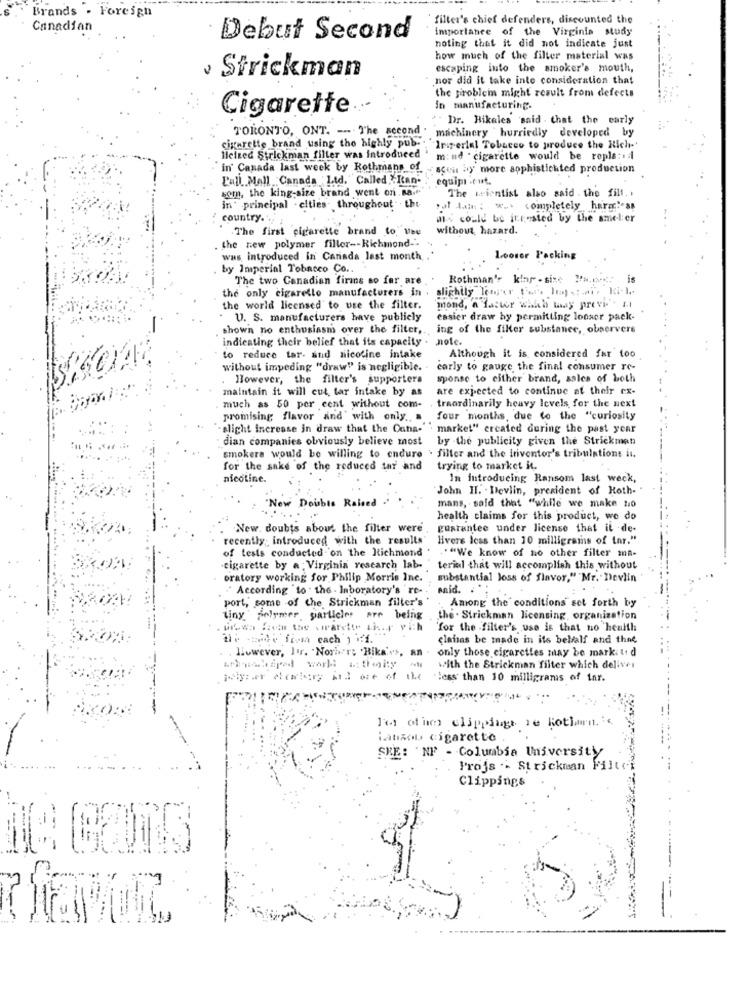
Brands . Foreign
filter's chief defenders, discounted the
Canadian
importance of the Virginia study
Debut Second
noting that it did not indicate just
how much of the filter material was
· Strickman
escaping into the smoker's mouth,
nor did it take into consideration that
the piroblein might result from defects
Cigarette
In manufacturing.
Dr. Hikales said . that the early
TORONTO, ONT. --- The second . machinery ' hurriedly developed by
cigarette brand using the highly pub. " Iris erial Tobacco to produce the Rich-'
Heized Strickman filler was introduced
m: ud . cigarette would be repla :. 4
'in' Canada last week by Rothmans of
scen by more sophisticated production
Pall Mall Canada Ltd. Called "Ran'
equipa .tut.
som, the king-size brand went on. sa.f.
The wcientist also said . the filt. .
in principal - elties- throughout . tht
at tam: w. completely harmas
country ..
m: could be ingested by the smeler
The first cigarette brand to Use
without, hazard.
the new polymer filler -- Richmond-"
was introduced in Canada last month
Looser Packing
by Imperial Tobacco Co ...
The two Canadian firms so fer are.
Rothman's klar . sise Pa,p .: is
the only cigarette manufacturers in . slightly lewer fer. limpiai, Ki- 1 ..
the world licensed to use the filter.
mond, a faster which may previ" . I.t
U. S. manufacturers have publicly
easier draw by permitting looser pack-
shown no enthusiasm over the filter ,. ing of the fiker substance, observers
indicating their belief that its capacity . note.
to reduce tar- and nicotine intake
Although it is considered far too
without impeding "draw" is negligible. . carly to gauge the final consumer re-
However, the filter's supporters
sponse to either brand, sales of both
maintain it will cut tar intake by as
are expected to continue at their cx-
traordinarily heavy levels for the next
much as 50 per cent without com-
promising flavor and with only .. .
four months, due to the "curiosity
-slight increase in draw that the Ouna-" market" ercated during the past year
dian companies obviously believe most
by -the publicity given the Strickmen
smokers would be willing to endure . filter and the inventor's tribulations il.
for the sake of the reduced tar and
trying to market it.
nicotine.
In introducing Ransom last week,
John HI. . Devlin, president of Hoth. "
mans, said that "while we make no
Now Double Raised
health claims for this product, we do
New. doubts about the filter were
guarantee under license that it de-
recently introduced with the results'
Hvere less than 10 milligrams of tar."
of tests conducted on the Richmond
"""We know of no other filter ma-
cigarette by a : Virginia research lab- "terial that will accomplish this without
oratory working for Philip Morris Inc. , substantial loss of flavor," Mr. Devlin
According to the . Inboratory's re-
maid ...
port, some of the Strickman filler's
Among the conditions set forth by
tiny.polymer particles are being
the . Strickman licensing, organization
wiewa Seen the virarette ti.r vich
for the filter's use is that no health
the de fivia cach ) iff.
elaisas be made in its bellalf and the
only those cigarettes may be mark: tt d
. liowever, Jur. "Norher; Bikavs, an
with the Strickman filter which delives
jolyner chumdery ind ore of the less than 10 milligrams of tar.
l' othe clippingt re Kotlarn. ic
laszol. cigarette
SKE: 'NF - Columbia University
Projs .- St rickman Filtri
Clippings
HA GOTS